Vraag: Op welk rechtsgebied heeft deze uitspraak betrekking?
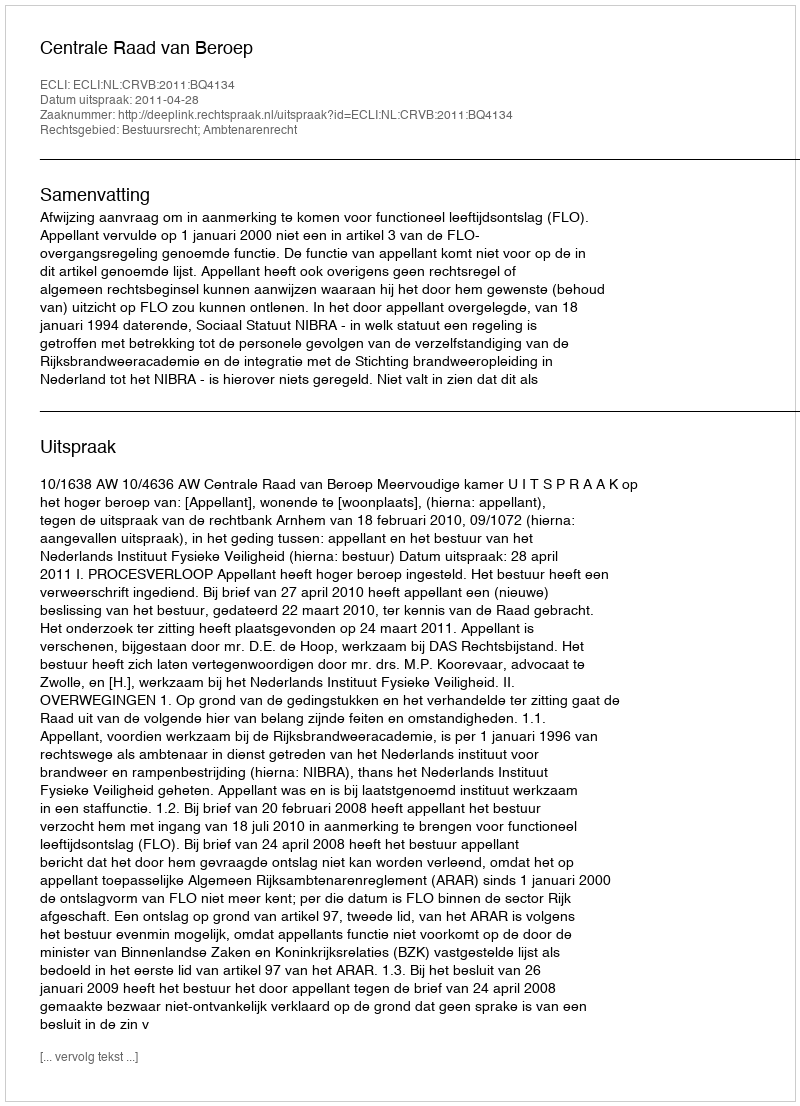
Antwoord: Bestuursrecht; Ambtenarenrecht